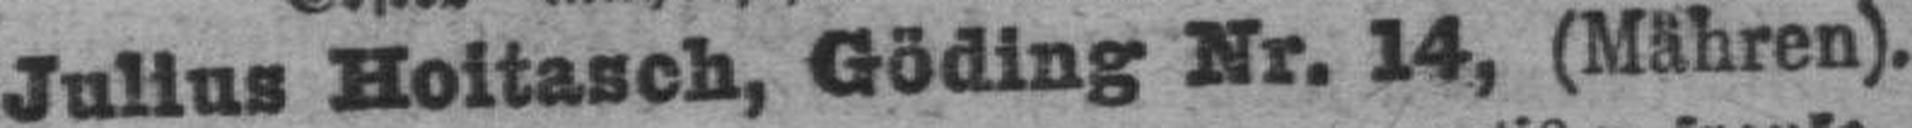
Julius Hoitasch, Göding Nr. 14, (Mähren).